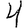
Digit: 4